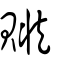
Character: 贓